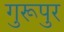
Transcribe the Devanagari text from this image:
गुरूपुर